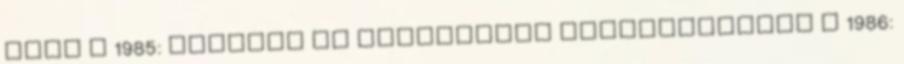
Tutu · 1985: Orvosok az Atomháború Megelőzéséért · 1986: